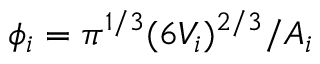
\phi _ { i } = \pi ^ { 1 / 3 } ( 6 V _ { i } ) ^ { 2 / 3 } / A _ { i }